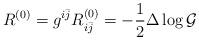
LaTeX: \begin{align*}R^{(0)}=g^{i\bar{j}}R^{(0)}_{i\bar{j}}=-\frac{1}{2}\Delta \log{\mathcal{G}}\end{align*}